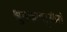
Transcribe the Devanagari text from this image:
श्रुतकणर्ॐसं